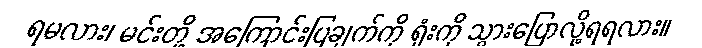
ရမလား၊ မင်းတို့ အကြောင်းပြချက်ကို ရုံးကို သွားပြောလို့ရရလား။